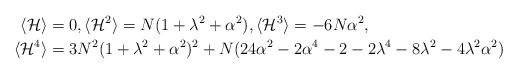
LaTeX: \begin{align*}\langle \mathcal{H} \rangle &=0,\langle \mathcal{H}^{2} \rangle = N(1+\lambda^2+\alpha^2),\langle \mathcal{H}^{3} \rangle = -6N\alpha^2, \\\langle \mathcal{H}^{4} \rangle &=3N^2(1+\lambda^2+\alpha^2)^2+N( 24\alpha^2-2\alpha^4-2-2\lambda^4 -8\lambda^2 -4\lambda^2\alpha^2)\end{align*}